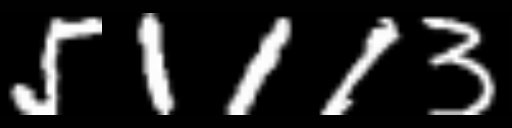
Text: 51113